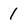
Character: 1